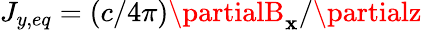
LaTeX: J_{y,eq}=(c/4\pi)\partialB_{\mathbf{x}}/\partialz